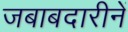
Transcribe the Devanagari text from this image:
जबाबदारीनें